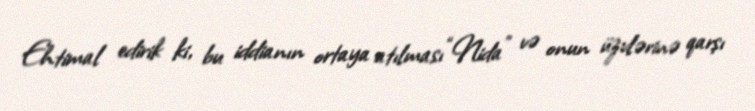
Ehtimal edirik ki, bu iddianın ortaya atılması “Nida” və onun üzvlərinə qarşı